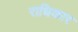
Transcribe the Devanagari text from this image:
राधिकार